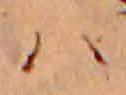
ハ